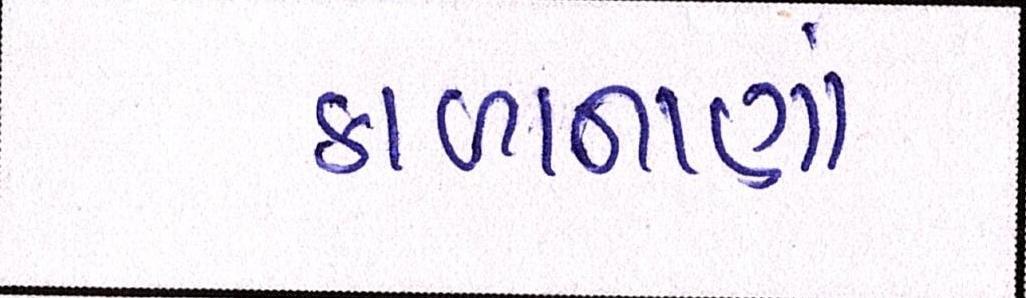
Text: કાળાનાણાં